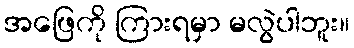
အဖြေကို ကြားရမှာ မလွဲပါဘူး။